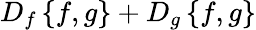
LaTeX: D_{f}\left\{ f,g\right\} +D_{g}\left\{ f,g\right\}